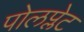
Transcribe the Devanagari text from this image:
पोलप्लेट